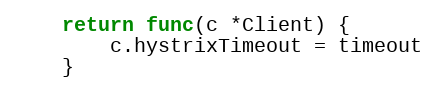
Language: Go
	return func(c *Client) {
		c.hystrixTimeout = timeout
	}